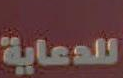
للدعاية